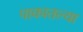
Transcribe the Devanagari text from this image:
पाकातल्या